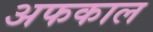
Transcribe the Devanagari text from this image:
अफकाल